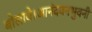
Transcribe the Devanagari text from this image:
बोलावे।आनंदवनभुवनी